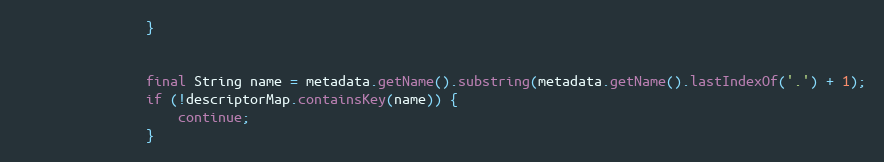
Language: Java
                }

                final String name = metadata.getName().substring(metadata.getName().lastIndexOf('.') + 1);
                if (!descriptorMap.containsKey(name)) {
                    continue;
                }